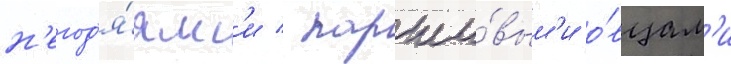
н'егод'я́ям'и / парши́вым'и о́вцам'и